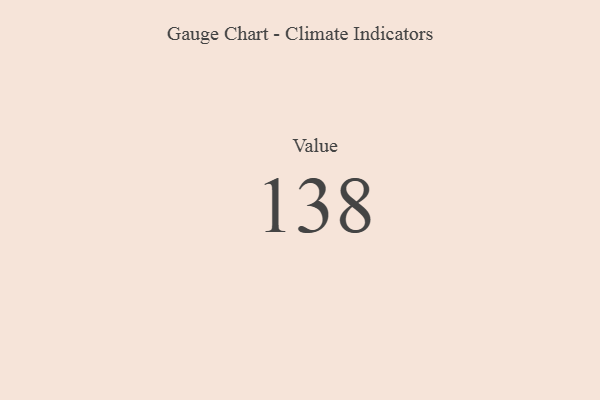
{"axis": {"x": "Metric", "y": "Value"}, "legend": [""], "data": [{"x": "Value", "y": 138, "type": ""}]}